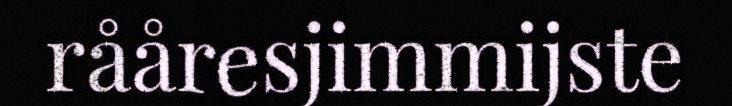
rååresjimmijste